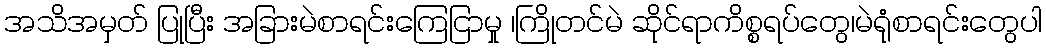
အသိအမှတ် ပြုပြီး အခြားမဲစာရင်းကြေငြာမှု ၊ကြိုတင်မဲ ဆိုင်ရာကိစ္စရပ်တွေ၊မဲရုံစာရင်းတွေပါ